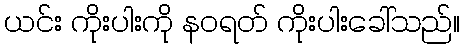
ယင်း ကိုးပါးကို နဝရတ် ကိုးပါးခေါ်သည်။